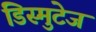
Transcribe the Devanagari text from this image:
डिस्मुटेज